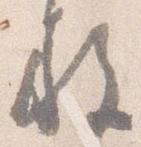
施